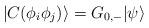
LaTeX: \begin{align*}| C(\phi_i \phi_j) \rangle = G_{0,-} | \psi \rangle\end{align*}